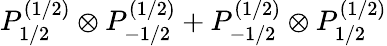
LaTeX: P_{1/2}^{(1/2)}\otimes P_{-1/2}^{(1/2)}+P_{-1/2}^{(1/2)}\otimes P_{1/2}^{(1/2)}